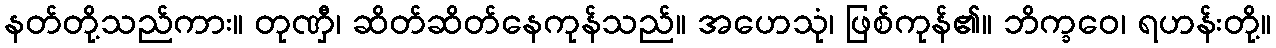
နတ်တို့သည်ကား။ တုဏှီ၊ ဆိတ်ဆိတ်နေကုန်သည်။ အဟေသုံ၊ ဖြစ်ကုန်၏။ ဘိက္ခဝေ၊ ရဟန်းတို့။